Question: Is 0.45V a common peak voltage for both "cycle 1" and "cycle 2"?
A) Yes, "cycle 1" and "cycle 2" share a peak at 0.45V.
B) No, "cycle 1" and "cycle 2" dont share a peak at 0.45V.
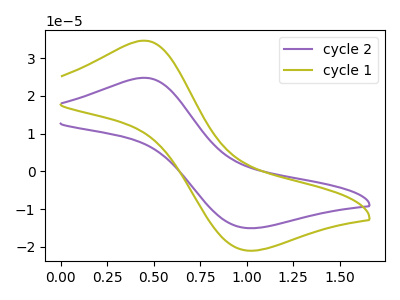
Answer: <think>The purple curve "cycle 2" has an anodic peak at (0.45V, 24.80uA) and a cathodic peak at (1.00V, -15.00uA). The olive curve "cycle 1" has an anodic peak at (0.45V, 34.65uA) and a cathodic peak at (1.00V, -20.95uA).</think>
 <answer>A) Yes, "cycle 1" and "cycle 2" share a peak at 0.45V.</answer>
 <eval>A</eval>